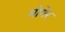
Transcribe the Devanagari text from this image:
मोगेर